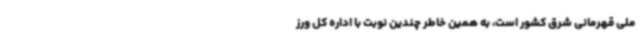
ملی قهرمانی شرق کشور است، به همین خاطر چندین نوبت با اداره کل ورز